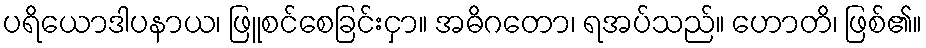
ပရိယောဒါပနာယ၊ ဖြူစင်စေခြင်းငှာ။ အဓိဂတော၊ ရအပ်သည်။ ဟောတိ၊ ဖြစ်၏။